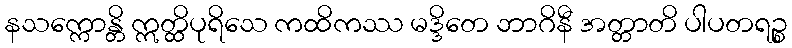
နသက္ကောန္တိ ဣတ္ထိပုရိသေ ကထိကဿ မဒ္ဒိတေ ဘာဂိနီ အတ္တာတိ ပါပတရဉ္စ